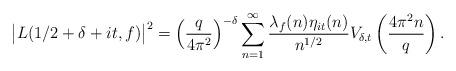
LaTeX: \begin{align*} \big|L(1/2+\delta+it,f)\big|^2 = \left(\frac{q}{4\pi^2}\right)^{-\delta} \sum_{n=1}^{\infty}\frac{\lambda_f(n)\eta_{it}(n)}{n^{1/2}} V_{\delta,t}\left(\frac{4\pi^2n}{q}\right). \end{align*}